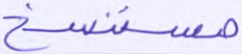
مستنسخ